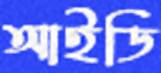
আইডি